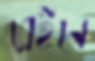
ব্রেইনে